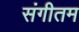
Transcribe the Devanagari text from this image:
संगीतम